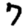
Digit: 7